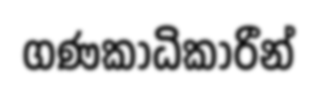
ගණකාධිකාරීන්